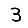
Digit: 3